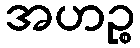
အဟဉ္စ